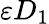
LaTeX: \varepsilon D_{1}